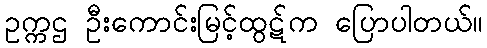
ဥက္ကဌ ဦးကောင်းမြင့်ထွဋ်က ပြောပါတယ်။